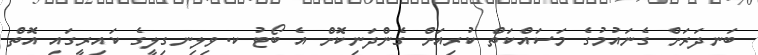
ބަނދަރަށް ގެނައުމުގެ މަސައްކަތް ކުރިއަށް ގެންދަނިކޮށް އެ ބޯޓު ކ.ވިލިނގިލީގެ ކައިރީގައި އޮތް